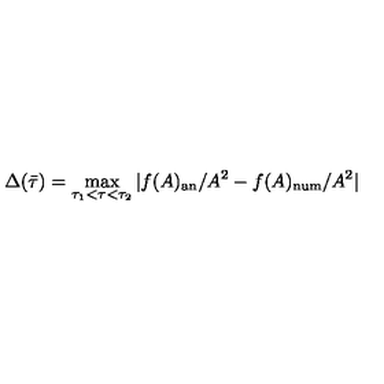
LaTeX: \Delta ( \bar { \tau } ) = \max _ { \tau _ { 1 } < \tau < \tau _ { 2 } } | f ( A ) _ { \mathrm { a n } } / A ^ { 2 } - f ( A ) _ { \mathrm { n u m } } / A ^ { 2 } |